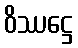
ဝိဿဋ္ဌေ